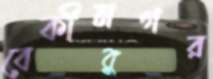
বেকীনগর